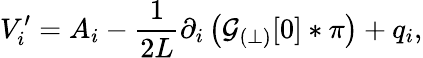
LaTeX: V_{i}^{\prime}={A}_{i}-\frac{1}{2L}\partial_{i}\left({\cal G}_{(\perp)}[0]\ast\pi\right)+q_{i},